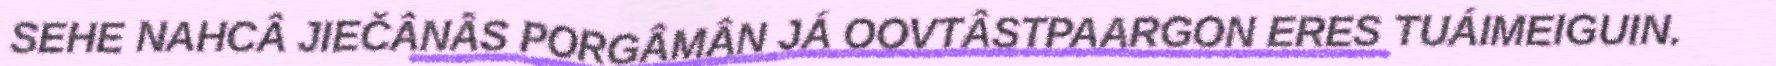
SEHE NAHCÂ JIEČÂNÂS PORGÂMÂN JÁ OOVTÂSTPAARGON ERES TUÁIMEIGUIN.